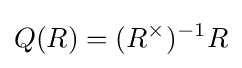
Q(R)=(R^{\times })^{-1}R